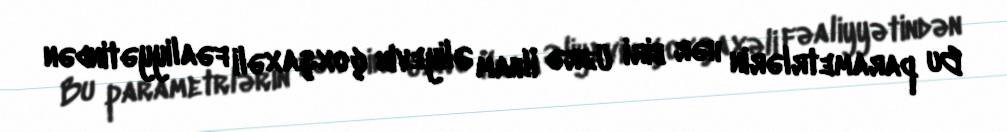
Bu parametrlərin hər biri üzrə İlham Əliyevin çoxşaxəli fəaliyyətindən